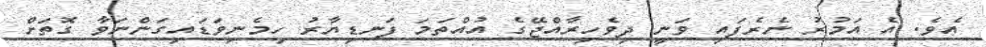
އެވެ. އެ އަމުރު ނެރެފައި ވަނީ ދިވެހިރާއްޖޭގެ އުއްތަމަ ފަނޑިޔާރު ހިމެނިވަޑައިގަންނަވާ ގޮތަށް